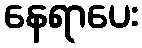
နေရာပေး